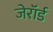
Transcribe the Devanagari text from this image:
जेरॉर्ड